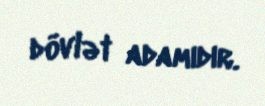
dövlət adamıdır.